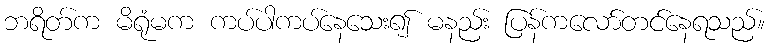
ဘရိတ်က မိရုံမက ကပ်ပါကပ်နေသေး၍ မနည်း ပြန်ကလော်တင်နေရသည်။